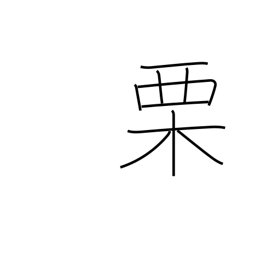
Meaning: chestnut